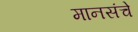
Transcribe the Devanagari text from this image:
मानसंचे